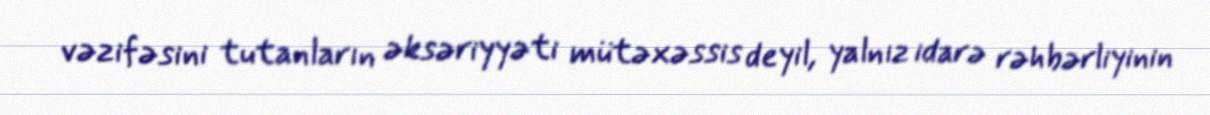
vəzifəsini tutanların əksəriyyəti mütəxəssis deyil, yalnız idarə rəhbərliyinin